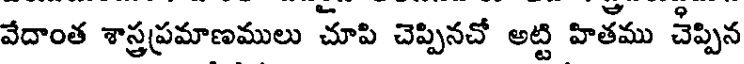
వేదాంత శాస్త్రప్రమాణములు చూపి చెప్పినచో అట్టి హితము చెప్పిన